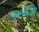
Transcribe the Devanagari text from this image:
फुलकेशि